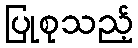
ပြုစုသည့်